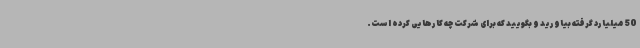
50 میلیارد گرفته بیاورید و بگویید که برای شرکت چه کارهایی کرده است.